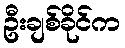
ဦးချစ်ခိုင်က